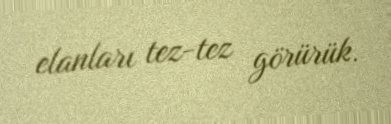
elanları tez-tez görürük.